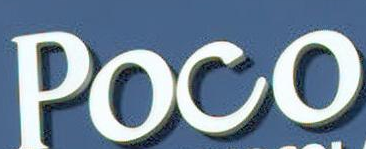
Poco